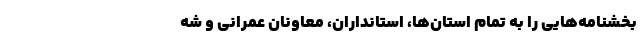
بخشنامه‌هایی را به تمام استان‌ها، استانداران، معاونان عمرانی و شه